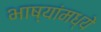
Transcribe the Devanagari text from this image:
भाष्यांमध्ये